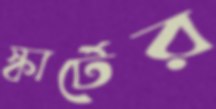
স্কার্টের